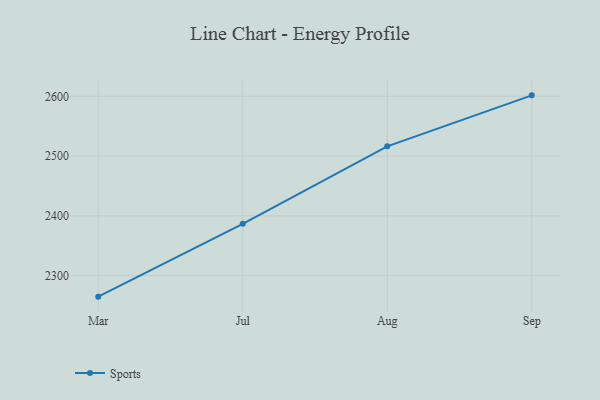
{"axis": {"x": "Month", "y": "Bounce Rate (%)"}, "legend": ["Sports"], "data": [{"x": "Mar", "y": 2264.8, "type": "Sports"}, {"x": "Jul", "y": 2386.7, "type": "Sports"}, {"x": "Aug", "y": 2516.3, "type": "Sports"}, {"x": "Sep", "y": 2601.6, "type": "Sports"}]}